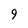
Character: 9